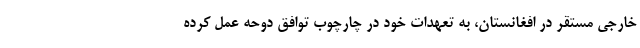
خارجی مستقر در افغانستان، به تعهدات خود در چارچوب توافق دوحه عمل کرده